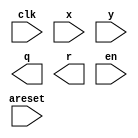

module vectran (
	clk,
	areset,
	x,
	y,
	q,
	r,
	en);	

	input		clk;
	input		areset;
	input	[15:0]	x;
	input	[15:0]	y;
	output	[15:0]	q;
	output	[15:0]	r;
	input	[0:0]	en;
endmodule